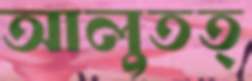
আলুতত্